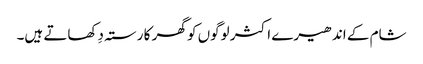
شام کے اندھیرے اکثر لوگوں کو گھر کا رستہ دِکھاتے ہیں۔